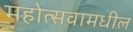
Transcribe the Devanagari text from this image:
महोत्सवामधील